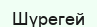
Шүрегей